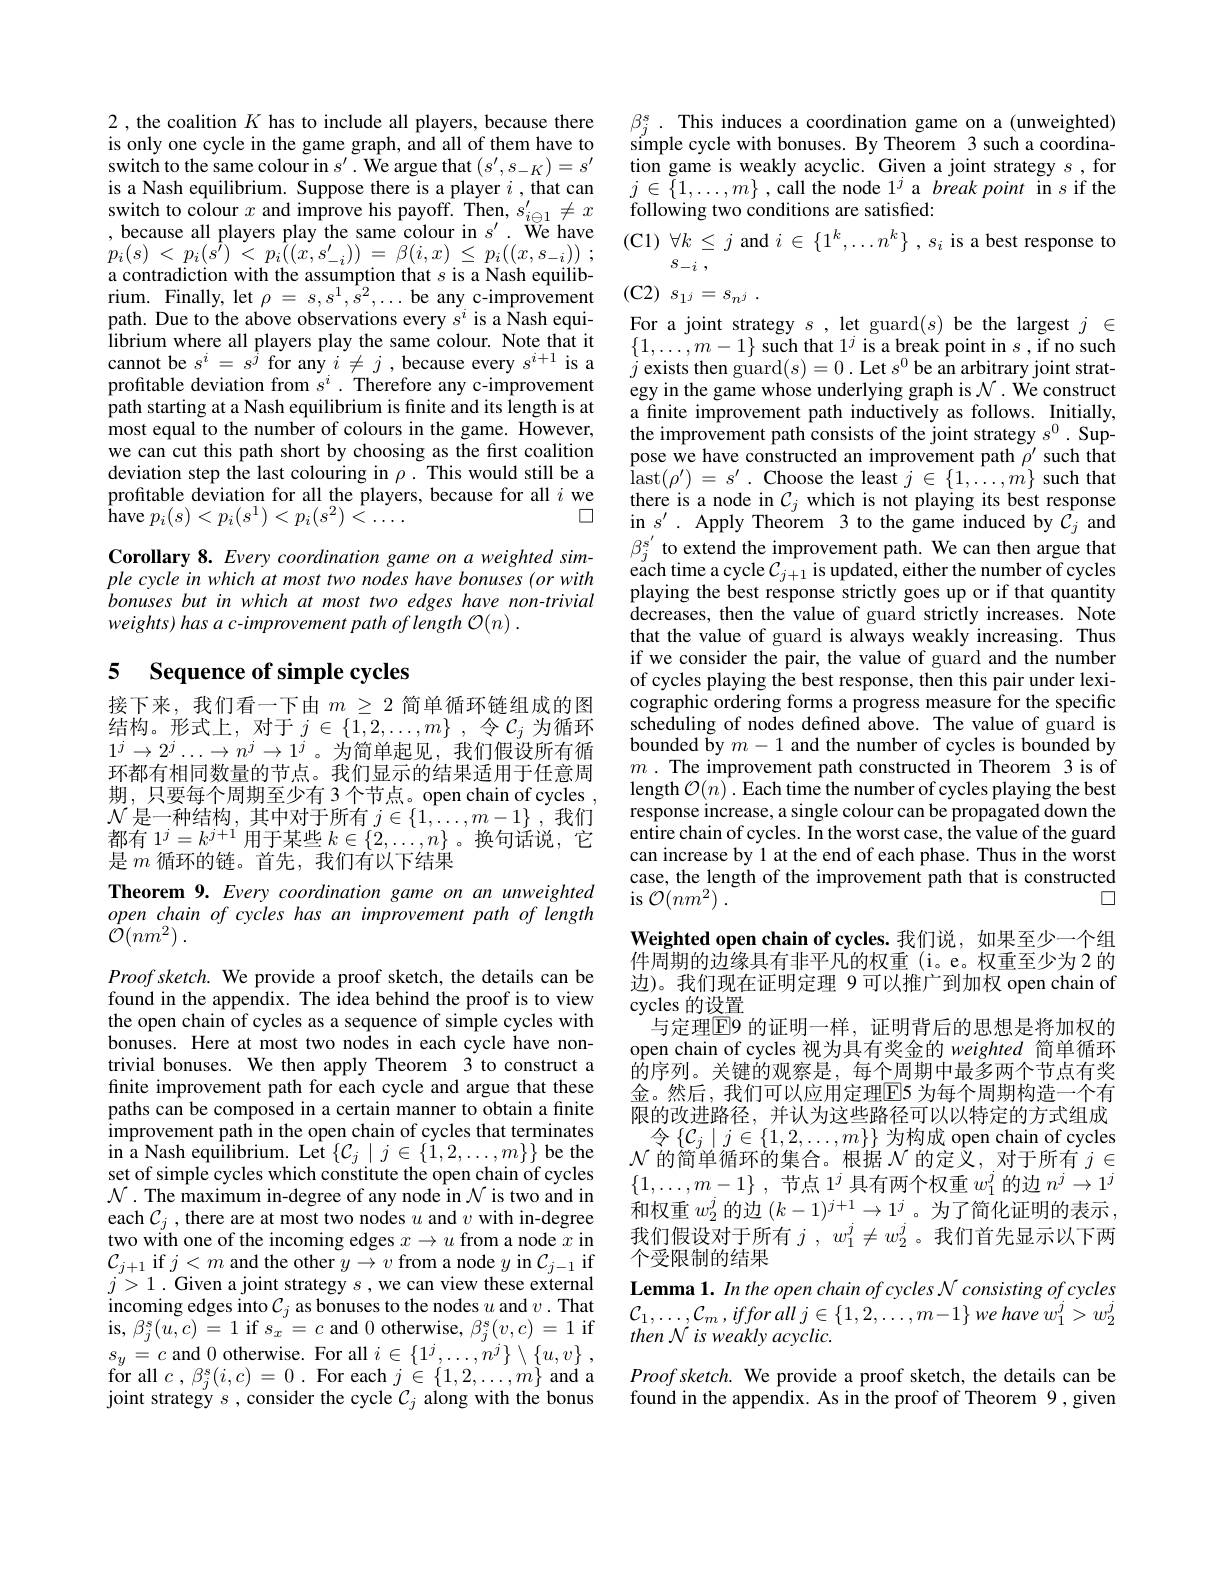
2 , the coalition $K$ has to include all players, because there is only one cycle in the game graph, and all of them have to switch to the same colour in $s^\prime.$ We argue that $(s^\prime,s_{-K})=s^\prime$ is a Nash equilibrium. Suppose there is a player $i$ ,that can switch to colour $x$ and improve his payoff. Then, $s_i\oplus1^{\prime}\neq x$ because all players play the same colour in $s^\prime.$ We have $\begin{array}{l}{p_{i}(s)\:<\:p_{i}(s^{\prime})\:<\:p_{i}((x,s_{-i}^{\prime}))\:=\:\beta(i,x)\:\leq\:p_{i}((x,s_{-i}))\:;}\\{\text{a contradiction with the assumption that }s\:\mathrm{is~a~Nash~equilib-}}\end{array}$ rium. Finally, let $\rho=s,s^{1},\bar{s}^{2},\ldots$ be any c-improvement path. Due to the above observations every $s^i$ is a Ñash equilibrium where all players play the same colour. Note that it librium where all players play the same colour. Note that it $\begin{array}{lll}&\{1,\ldots,m-1\}\text{ such that }1^j\text{is a break point in}s,\text{if no such}\\\text{cannot be }s^i=s^j\text{ for any }i\neq j,\text{because every }s^{i+1}\text{ is a}&j\text{exists then guard}(s)=0.\text{ Let }s^0\text{be an arbitrary joint }\end{array}$
path starting at a Nash equilibrium is finite and its length is at most equal to the number of colours in the game. However, we can cut this path short by choosing as the first coalition deviation step the last colouring in $\rho.$ This would still be a profitable deviation for all the players, because for all $i$ we
口
${\overset{.}{\operatorname*{\operatorname*{have}}}p_{i}(s)<p_{i}(s^{1})<p_{i}(s^{2})<\ldots}.$

Corollary 8. Every coordination game on a weighted simple cycle in which at most two nodes have bonuses (or with bonuses but in which at most two edges have non-trivial weights) has a c-improvement path of length O(n) .

## 5 Sequence of simple cycles

接下来，我们看一下由$m\geq2$简单循环链组成的图结构。形式上，对于$j\in\{1,2,\ldots,m\}$ ,令$\mathcal{C}_j$为循环$1^j\to2^j\ldots\to n^j\to1^j$。为简单起见，我们假设所有循环都有相同数量的节点。我们显示的结果适用于任意周期，只要每个周期至少有 3 个节点。open chain of cycles $\begin{array}{l}\mathcal{N}\text{ 是一种结构，其中对于所有 }j\in\{1,\ldots,m-1\}\:,我们\\\text{都有 }1^j=k^{j+1}\:\text{用于某些 }k\in\{2,\ldots,n\}\:。\text{换句话说，它}\end{array}$ 是$m$循环的链。首先，我们有以下结果

Theorem 9. Every coordination game on an unweighted open chain of cycles has an improvement path of length $\dot{\mathcal{O} } ( nm^{2})$ .

$Proofsketch.$ We provide a proof sketch, the details can be found in the appendix. The idea behind the proof is to view the open chain of cycles as a sequence of simple cycles with bonuses. Here at most two nodes in each cycle have nontrivial bonuses. We then apply Theorem 3 to construct a finite improvement path for each cycle and argue that these paths can be composed in a certain manner to obtain a finite improvement path in the open chain of cycles that terminates in a Nash equilibrium. Let $\{C_j\mid j\in\{\tilde{1},2,\ldots,m\}\}$ be the set of simple cycles which constitute the open chain of cycles $\mathcal{N}.$ The maximum in-degree of any node in $\mathcal{N}$ is two and in each $C_j$ , there are at most two nodes $u$ and $v$ with in-degree two with one of the incoming edges $x\to u$ from a node $x$ in $\mathcal{C}_{j+1}$ if $j<m$ and the other $y\to v$ from a node $y$ in $\mathcal{C}_j-1$ if $j>1.$ Given a joint strategy $s$,we can view these external $\begin{array}{l}{\mathrm{incoming~edges~into~}\mathcal{C}_{j}\text{ as bonuses to the nodes }u\mathrm{~and~}v.\mathrm{~That}}\\{\mathrm{is,~}\beta_{j}^{s}(u,c)=1\mathrm{~if~}s_{x}=c\mathrm{~and~}0\mathrm{~otherwise,~}\beta_{j}^{s}(v,c)=1\mathrm{~if}}\end{array}$ $s_{y}=c$ and 0 otherwise. For all $i\in \{ 1^j, \ldots , n^j\} \setminus \{ u, v\}$ , for all $c,\beta_{j}^{s}(i,c)=0.$ For each $j\in\{1,2,\ldots,m\}$ and a joint strategy $s$ , consider the cycle $C_j$ along with the bonus

$\begin{array}{l}\beta_{j}^{s}\:.&\text{This induces a coordination game on a(unweighted)}\\\text{simple cycle with bonuses. By Theorem 3 such a coordina-}\end{array}$ tion game is weakly acyclic. Given a joint strategy $s$,for $j\in\{1,\ldots,m\}$ , call the node l$^j$ a break point in $s$ if the following two conditions are satisfied:
$(\mathbf{C}1)\forall k\leq j$ and $i\in\{1^k,\ldots n^k\},s_i$ is a best response to
$s_{- i}$ ,
(C2) $s_1j= s_{n^j}$ .
$\begin{array}{c}{\mathrm{For~a~joint~strategy~}s~,~let~guard(s)~be~the~largest~}j~\in\end{array}$ a finite improvement path inductively as follows. Initially, $\hat{\text{the improvement path consists of the joint strategy }s^{0}}.$ Suppose we have constructed an improvement path $\rho^{\prime}$ such that $\operatorname { \mathrm{iast}} ( \rho ^{\prime })$ = $s^{\prime }$ . $\operatorname { \mathrm{Choose~the~least~}} j$ $\in$ $\{ 1, \ldots , m\}$ $\operatorname { \mathrm{such~that}}$ $\begin{array}{l}\text{there is a node in }C_{j}\text{ which is not playing its best response}\\\mathrm{in~}s^{\prime}.&\mathrm{Apply~Theorem~3~to~the~game~induced~by~}C_{j}\mathrm{~and}\end{array}$ $\begin{array}{l}\beta_{j}^{s^{\prime}}\text{ to extend the improvement path. We can then argue that}\\\text{each time a cycle }\mathcal{C}_{j+1}\text{ is updated, either the number of cycles}\\\end{array}$ playing the best response strictly goes up or if that quantity decreases, then the value of guard strictly increases. Note that the value of guard is always weakly increasing. Thus if we consider the pair, the value of guard and the number of cycles playing the best response, then this pair under lexicographic ordering forms a progress measure for the specific scheduling of nodes defined above. The value of guard is bounded by $m-1$ and the number of cycles is bounded by $m.$ The improvement path constructed in Theorem 3 is of length $\mathcal{O}(n)^{-}.$ Each time the number of cycles playing the best response increase, a single colour can be propagated down the entire chain of cycles. In the worst case, the value of the guard can increase by 1 at the end of each phase. Thus in the worst case, the length of the improvement path that is constructed
$\square$
$\operatorname { is} {\mathcal{O} }( nm^{2})$ .
Weighted open chain of cycles. 我们说，如果至少一个组

$\tilde{\text{件周期的边缘具有非平凡的权重(i。e。权重至少为2 的}}$ 边)。我们现在证明定理 9 可以推广到加权 open chain of cycles 的设置
与定理$\overline{\mathrm{E}}$9 的证明一样，证明背后的思想是将加权的open chain of cycles 视为具有奖金的 weighted 简单循环的序列。关键的观察是，每个周期中最多两个节点有奖金。然后，我们可以应用定理$\overline{\mathrm{E}}$5 为每个周期构造一个有限的改进路径，并认为这些路径可以以特定的方式组成
令$\left\{\mathcal{C}_j\mid j\in\{1,2,\ldots,m\}\right\}$为构成 open chain of cycles $\mathcal{N}$的简单循环的集合。根据$\mathcal{N}$的定义，对于所有$j\in$ $\{ 1, \ldots , m- 1\}$ ,节点 1$^j$具有两个权重$w_1^j$的边$n^j\to1^j$ 和权重$w_2^j$的边$(k-1)^j+1\to1^j$。为了简化证明的表示， 我们假设对于所有$j^{\prime},w_{1}^{j}\neq w_{2}^{j}$ 。我们首先显示以下两个受限制的结果
Lemma 1. In the open chain of cycles N consisting of cycles $\mathcal{C} _{1}, \ldots , \mathcal{C} _{m}, ifforall$ $j\in \{ 1, 2, \ldots , m- 1\}$ $we$ have $w_{1}^{j}> w_{2}^{j}$ $then~{\mathcal{N}}~is~weakly~acyclic.$
Proof sketch. We provide a proof sketch, the details can be found in the appendix. As in the proof of Theorem 9 , given